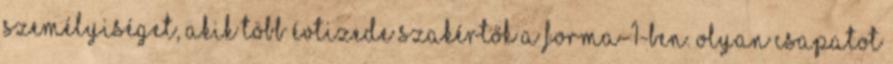
személyiséget, akik több évtizede szakértők a Forma-1-ben. Olyan csapatot